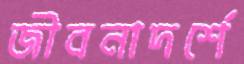
জীবনাদর্শে